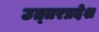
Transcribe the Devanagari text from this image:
उत्‍तरप्रदेश